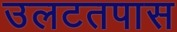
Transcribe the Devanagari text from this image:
उलटतपास